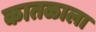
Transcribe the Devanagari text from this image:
कातळाला